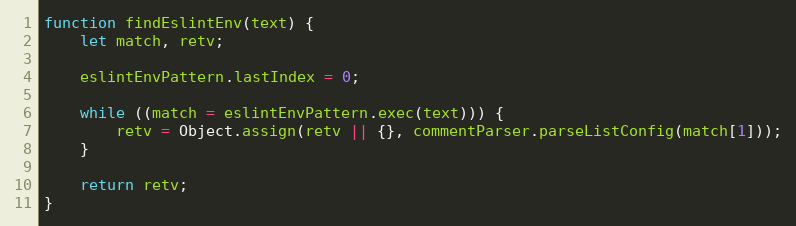
Language: JavaScript
function findEslintEnv(text) {
    let match, retv;

    eslintEnvPattern.lastIndex = 0;

    while ((match = eslintEnvPattern.exec(text))) {
        retv = Object.assign(retv || {}, commentParser.parseListConfig(match[1]));
    }

    return retv;
}